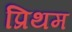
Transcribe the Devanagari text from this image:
प्रिथम